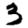
Digit: 3